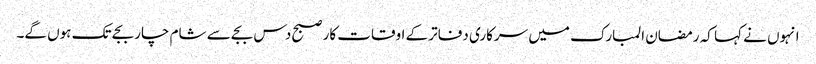
انہوں نے کہا کہ رمضان المبارک میں سرکاری دفاتر کے اوقات کار صبح دس بجے سے شام چار بجے تک ہوں گے۔